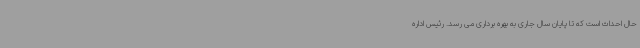
حال احداث است که تا پایان سال جاری به بهره برداری می رسد. رئیس اداره